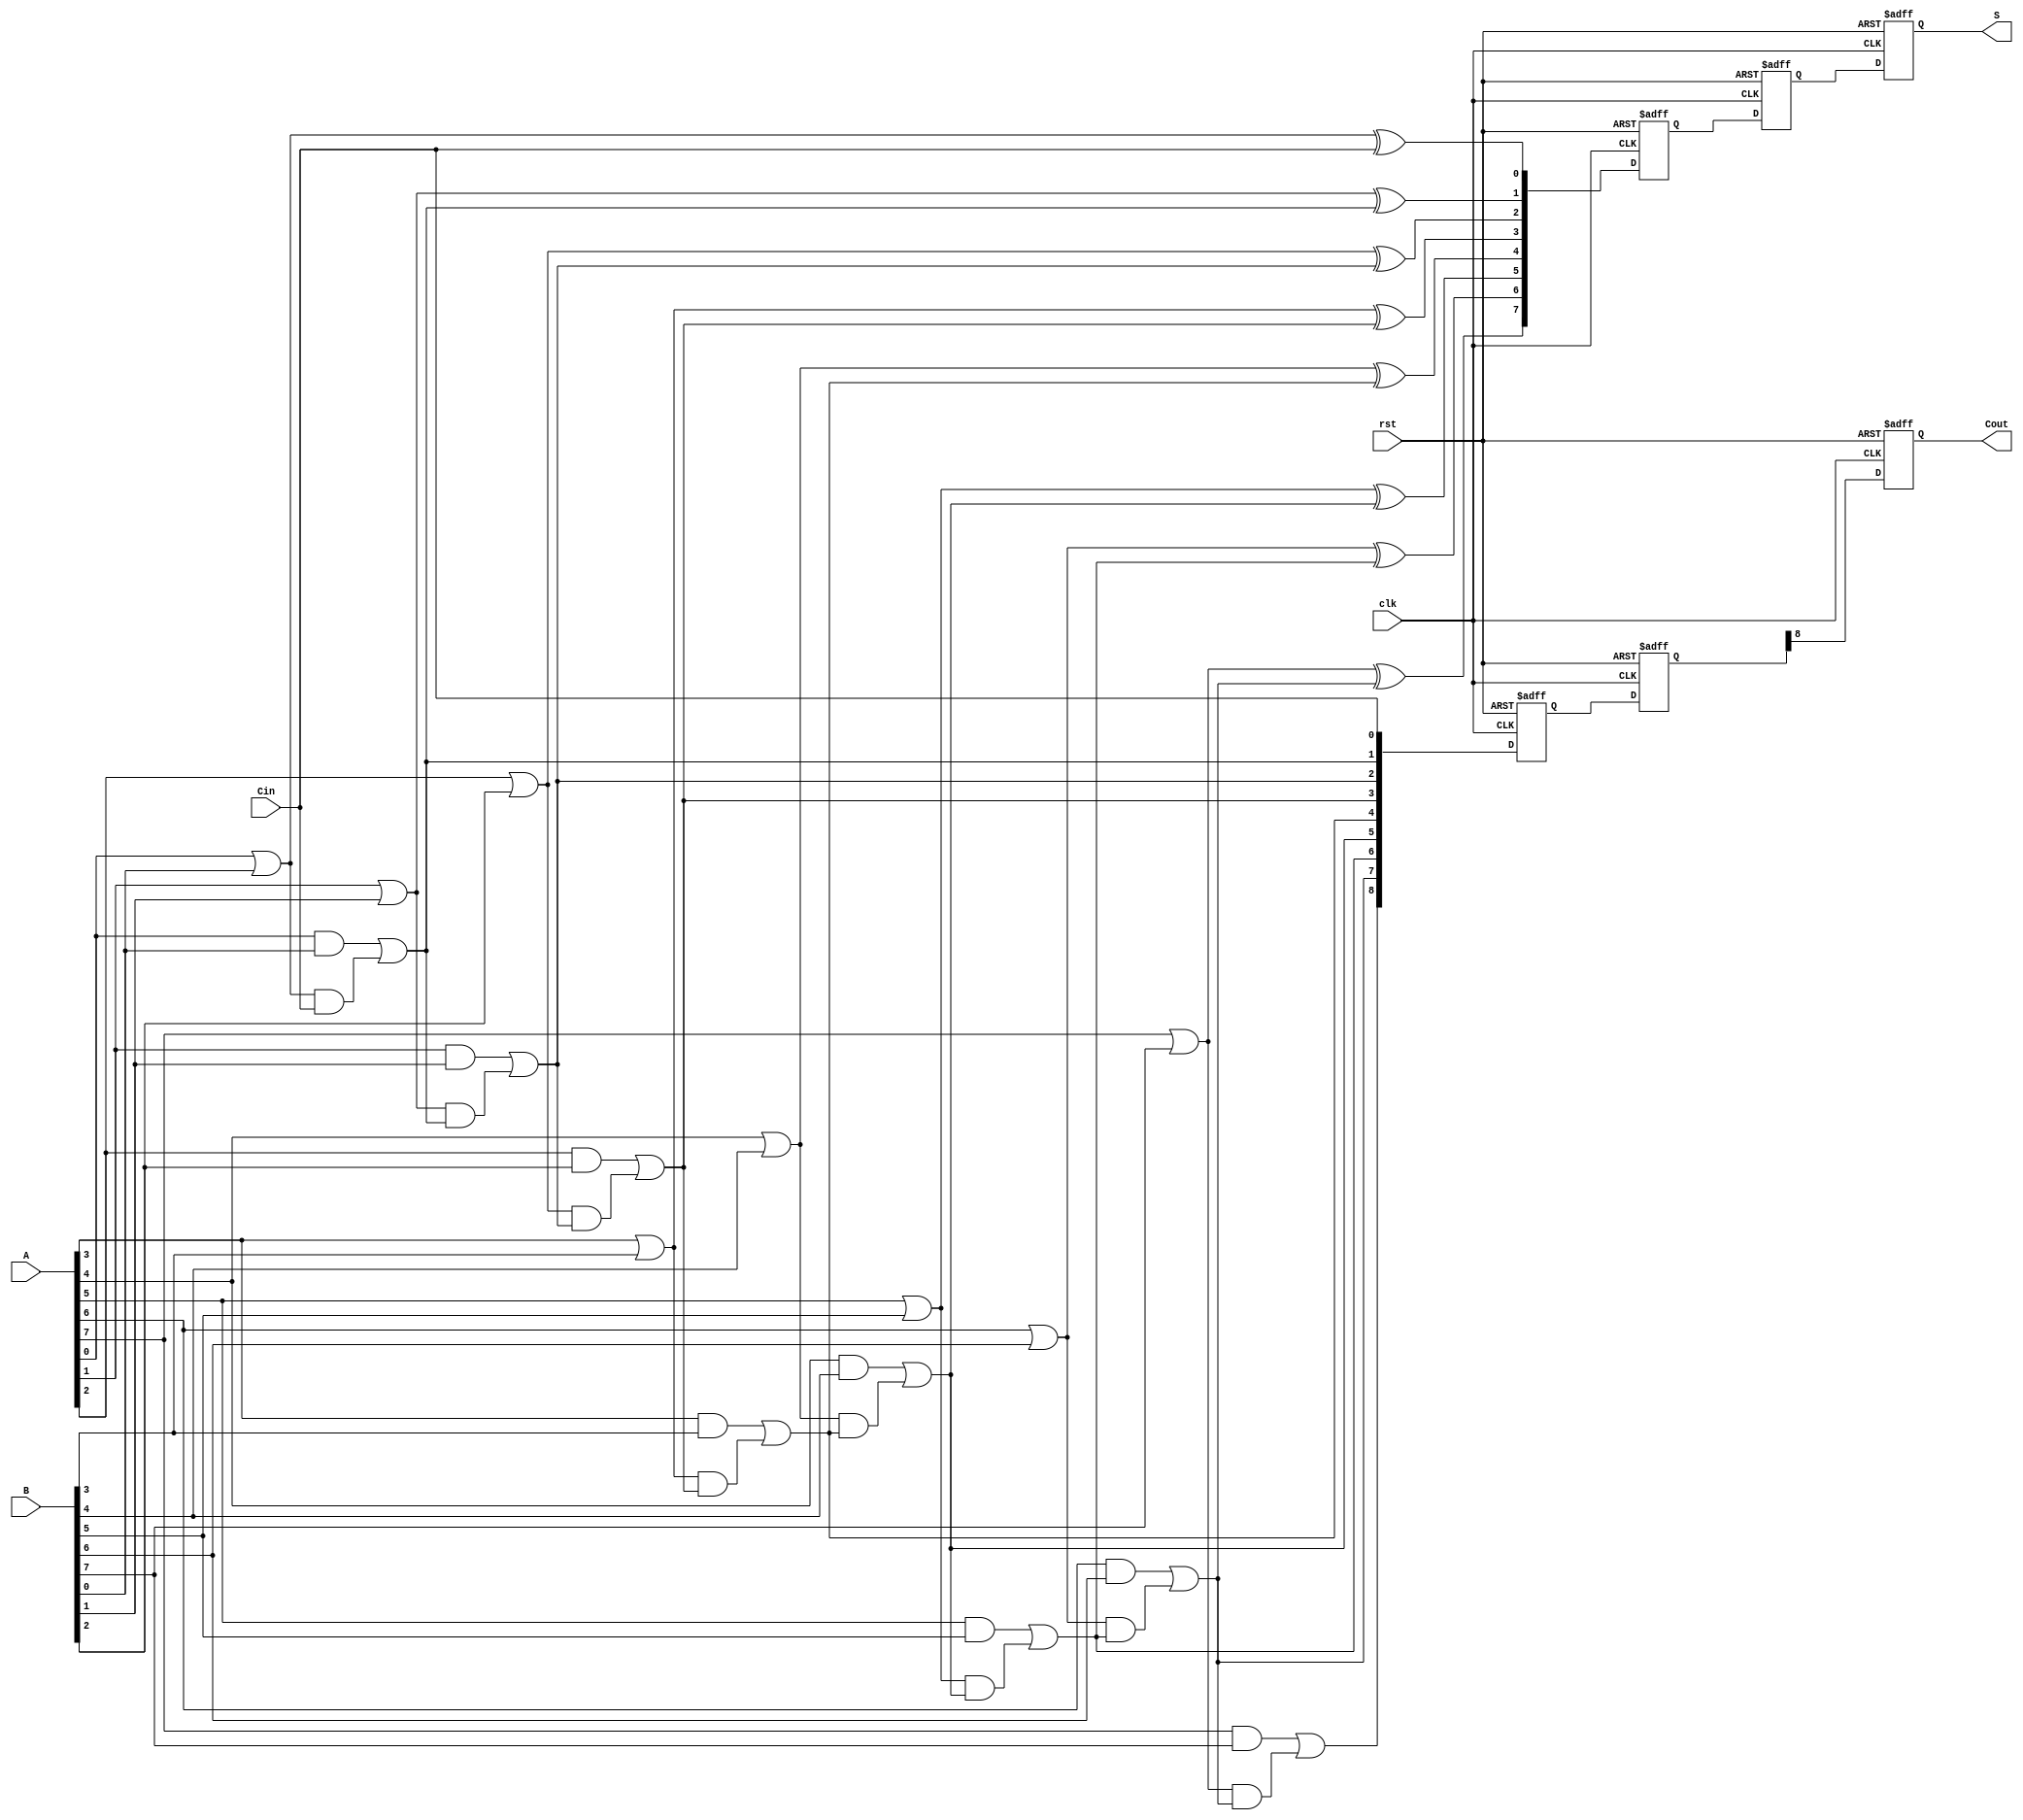
module PipelinedCLA #(
    parameter n = 8, // Width of the input binary numbers
    parameter stages = 2 // Number of pipeline stages
)(
    input wire clk, // Clock signal
    input wire rst, // Reset signal
    input wire [n-1:0] A, // First n-bit input
    input wire [n-1:0] B, // Second n-bit input
    input wire Cin, // Carry-in
    output reg [n-1:0] S, // n-bit sum output
    output reg Cout // Carry-out
);

    // Intermediate signals for carry lookahead
    wire [n-1:0] G; // Generate signals
    wire [n-1:0] P; // Propagate signals
    wire [n:0] C; // Carry signals

    // Generate and Propagate calculations
    generate
        genvar i;
        for (i = 0; i < n; i = i + 1) begin : genprop
            assign G[i] = A[i] & B[i]; // Generate
            assign P[i] = A[i] | B[i]; // Propagate
        end
    endgenerate

    // Carry calculations
    assign C[0] = Cin; // Initial carry
    generate
        for (i = 1; i <= n; i = i + 1) begin : carry_calc
            assign C[i] = G[i-1] | (P[i-1] & C[i-1]); // Carry
        end
    endgenerate

    // Sum calculations
    wire [n-1:0] sum;
    generate
        for (i = 0; i < n; i = i + 1) begin : sum_calc
            assign sum[i] = P[i] ^ C[i]; // Sum
        end
    endgenerate

    // Pipelining registers
    reg [n-1:0] sum_reg [0:stages-1]; // Registers for sum
    reg [n:0] carry_reg [0:stages-1]; // Registers for carry

    // Stage processing
    integer stage;
    always @(posedge clk or posedge rst) begin
        if (rst) begin
            S <= 0;
            Cout <= 0;
            for (stage = 0; stage < stages; stage = stage + 1) begin
                sum_reg[stage] <= 0;
                carry_reg[stage] <= 0;
            end
        end else begin
            // Shift registers through the pipeline
            for (stage = stages-1; stage > 0; stage = stage - 1) begin
                sum_reg[stage] <= sum_reg[stage-1];
                carry_reg[stage] <= carry_reg[stage-1];
            end
            
            // First stage
            sum_reg[0] <= sum;
            carry_reg[0] <= C;

            // Output from the last stage
            S <= sum_reg[stages-1];
            Cout <= carry_reg[stages-1][n]; // Carry-out from the last stage
        end
    end

endmodule